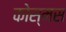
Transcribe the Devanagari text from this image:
कोस्मस